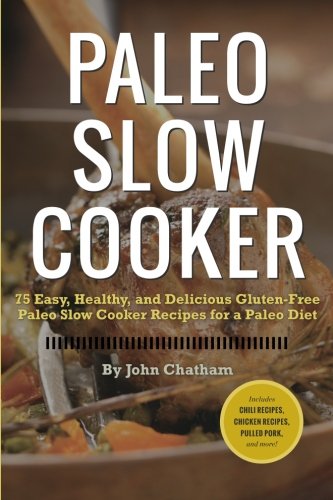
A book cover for Paleo Slow Cooker: 75 Easy, Healthy, and Delicious Gluten-Free Paleo Slow Cooker Recipes for a Paleo Diet; John Chatham; Cookbooks, Food & Wine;